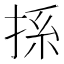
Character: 𢭁